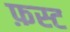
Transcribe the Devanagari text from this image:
फ़स्ट